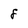
Character: 8